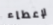
لإعطاء